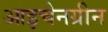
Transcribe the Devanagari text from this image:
आइचेनग्रीन